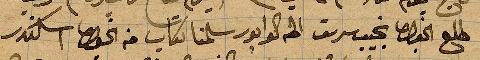
طلع الخوري نجيب سرسق الى الوابور سلمان كتاب من الخوري إسكندر